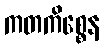
ကတကိစ္စေန